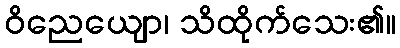
ဝိညေယျော၊ သိထိုက်သေး၏။